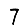
Digit: 7